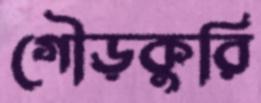
গৌড়কুরি